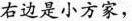
右边是小方家，